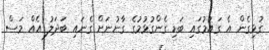
ގުޅިގެން އެ ގައުމުގައި ބަޑި ގެންގުޅުމުގެ ގާނުނަށް ގެނައި ބަދަލު އެއް މަސް